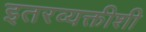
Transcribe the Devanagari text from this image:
इतरव्यक्तीशी